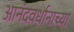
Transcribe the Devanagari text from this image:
आनंदवर्धानाच्या